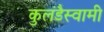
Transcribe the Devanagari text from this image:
कुलंडैस्वामी